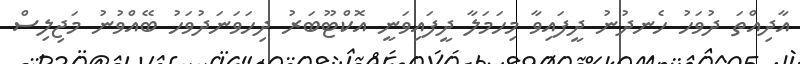
އާދިއްތަ ދުވަހު ހެނދުނު ދީފައިވާ މިހަމަލާ ދީފައިވަނީ އޮކްޓޫބަރު ދިހަވަނަދުވަހު ބޭއްވުނު މަޖިލިސް